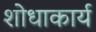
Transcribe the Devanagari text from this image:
शोधाकार्य